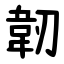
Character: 韌